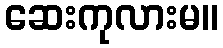
ဆေးကုလားမ။